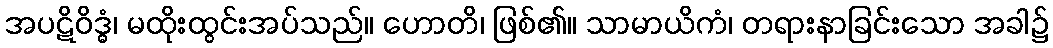
အပဋိဝိဒ္ဓံ၊ မထိုးထွင်းအပ်သည်။ ဟောတိ၊ ဖြစ်၏။ သာမာယိကံ၊ တရားနာခြင်းသော အခါ၌